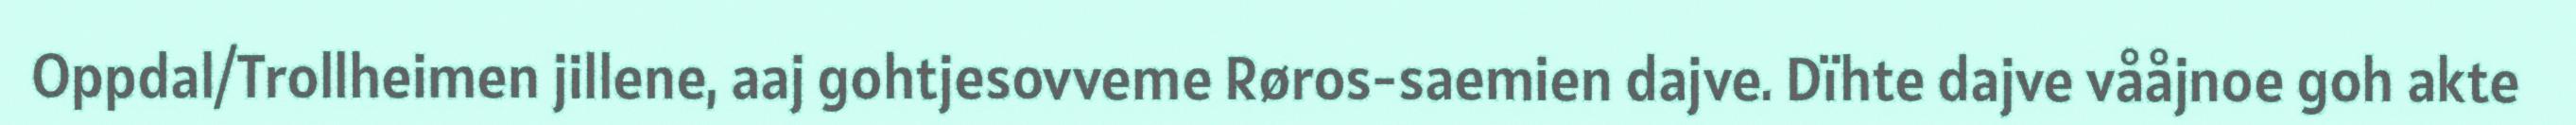
Oppdal/Trollheimen jillene, aaj gohtjesovveme Røros-saemien dajve. Dïhte dajve vååjnoe goh akte